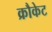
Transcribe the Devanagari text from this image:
क्रौकेट